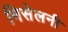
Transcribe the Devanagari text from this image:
मिसेलनी